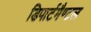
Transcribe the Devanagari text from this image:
डिपार्टमैण्टल